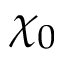
\chi _ { 0 }